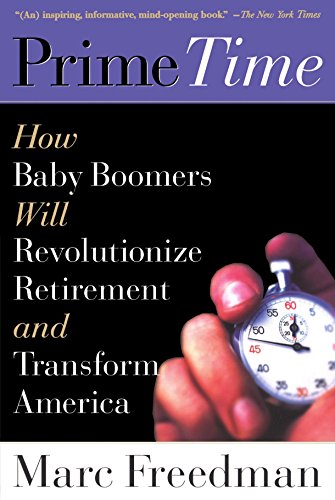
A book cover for Prime Time: How Baby Boomers Will Revolutionize Retirement And Transform America; Marc Freedman; Business & Money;